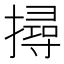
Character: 撏